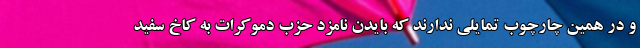
و در همین چارچوب تمایلی ندارند که بایدن نامزد حزب دموکرات به کاخ سفید